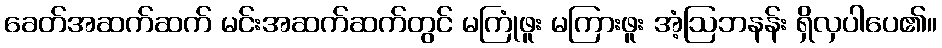
ခေတ်အဆက်ဆက် မင်းအဆက်ဆက်တွင် မကြုံဖူး မကြားဖူး အံ့ဩဘနန်း ရှိလှပါပေ၏။